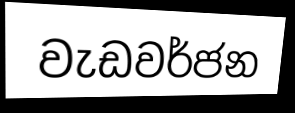
වැඩවර්ජන